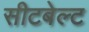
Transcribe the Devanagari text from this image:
सीटबेल्‍ट